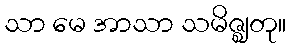
သာ မေ အာသာ သမိဇ္ဈတု။